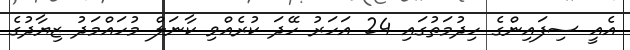
އެއީ ސިފައިންގެ ހިދުމަތުގައި 24 އަހަރު ހޭދަ ކުރެއްވި ކާނަލް މުހައްމަދު ޒިޔާދުގެ